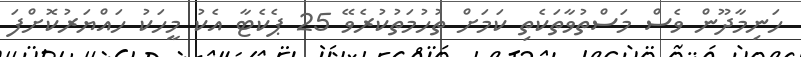
ހަނިމާދޫން ވެސް މަސްތުވާތަކެތި ކަމަށް ތުހުމަތުކުރެވޭ 25 ޕެކެޓާ އެކު މީހަކު ހައްޔަރުކޮށްފަ